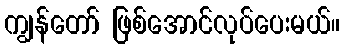
ကျွန်တော် ဖြစ်အောင်လုပ်ပေးမယ်။